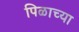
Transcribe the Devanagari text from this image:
पिळाच्या